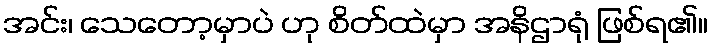
အင်း၊ သေတော့မှာပဲ ဟု စိတ်ထဲမှာ အနိဌာရုံ ဖြစ်ရ၏။